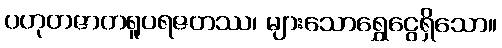
ပဟုတဇာတရူပရဇတဿ၊ များသောရွှေငွေရှိသော။